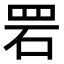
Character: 𫅂